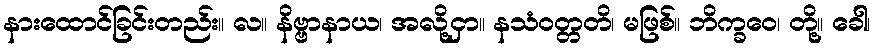
နားထောင်ခြင်းတည်း။ လ။ နိဗ္ဗာနာယ၊ အလို့ငှာ။ နသံဝတ္တတိ၊ မဖြစ်။ ဘိက္ခဝေ၊ တို့။ ခေါ၊